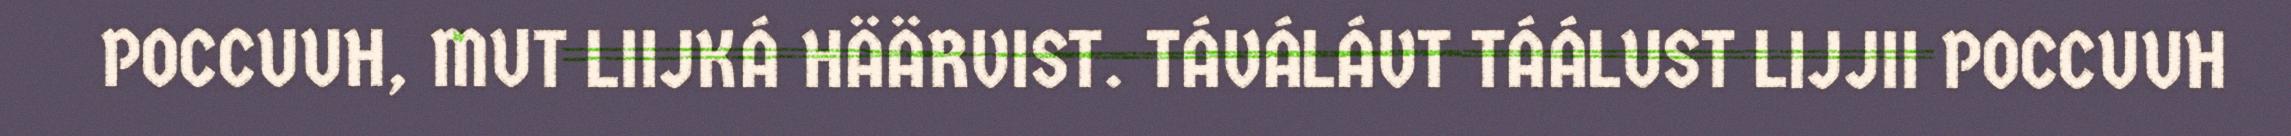
POCCUUH, MUT LIIJKÁ HÄÄRVIST. TÁVÁLÁVT TÁÁLUST LIJJII POCCUUH